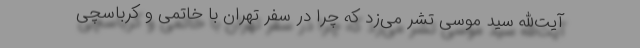
آیت‌الله سید موسی تشر می‌زد که چرا در سفر تهران با خاتمی و کرباسچی